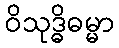
ဝိသုဒ္ဓိဓမ္မာ